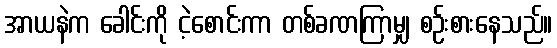
အာယနဲက ခေါင်းကို ငဲ့စောင်းကာ တစ်ခဏကြာမျှ စဉ်းစားနေသည်။